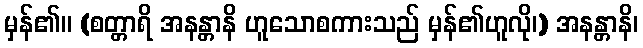
မှန်၏။ (စတ္တာရိ အနန္တာနိ ဟူသောစကားသည် မှန်၏ဟူလို၊) အနန္တာနိ၊